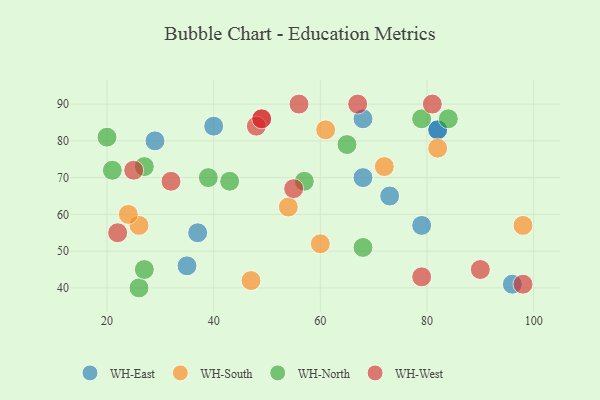
{"axis": {"x": "GDP", "y": "Life Expectancy"}, "legend": ["WH-East", "WH-North", "WH-South", "WH-West"], "data": [{"x": "37", "y": 55, "type": "WH-East"}, {"x": "68", "y": 70, "type": "WH-East"}, {"x": "82", "y": 83, "type": "WH-East"}, {"x": "35", "y": 46, "type": "WH-East"}, {"x": "82", "y": 83, "type": "WH-East"}, {"x": "29", "y": 80, "type": "WH-East"}, {"x": "79", "y": 57, "type": "WH-East"}, {"x": "40", "y": 84, "type": "WH-East"}, {"x": "96", "y": 41, "type": "WH-East"}, {"x": "68", "y": 86, "type": "WH-East"}, {"x": "73", "y": 65, "type": "WH-East"}, {"x": "26", "y": 57, "type": "WH-South"}, {"x": "60", "y": 52, "type": "WH-South"}, {"x": "24", "y": 60, "type": "WH-South"}, {"x": "54", "y": 62, "type": "WH-South"}, {"x": "47", "y": 42, "type": "WH-South"}, {"x": "98", "y": 57, "type": "WH-South"}, {"x": "61", "y": 83, "type": "WH-South"}, {"x": "72", "y": 73, "type": "WH-South"}, {"x": "82", "y": 78, "type": "WH-South"}, {"x": "43", "y": 69, "type": "WH-North"}, {"x": "39", "y": 70, "type": "WH-North"}, {"x": "68", "y": 51, "type": "WH-North"}, {"x": "20", "y": 81, "type": "WH-North"}, {"x": "65", "y": 79, "type": "WH-North"}, {"x": "26", "y": 40, "type": "WH-North"}, {"x": "27", "y": 45, "type": "WH-North"}, {"x": "84", "y": 86, "type": "WH-North"}, {"x": "57", "y": 69, "type": "WH-North"}, {"x": "79", "y": 86, "type": "WH-North"}, {"x": "21", "y": 72, "type": "WH-North"}, {"x": "27", "y": 73, "type": "WH-North"}, {"x": "49", "y": 86, "type": "WH-West"}, {"x": "79", "y": 43, "type": "WH-West"}, {"x": "67", "y": 90, "type": "WH-West"}, {"x": "48", "y": 84, "type": "WH-West"}, {"x": "32", "y": 69, "type": "WH-West"}, {"x": "22", "y": 55, "type": "WH-West"}, {"x": "98", "y": 41, "type": "WH-West"}, {"x": "49", "y": 86, "type": "WH-West"}, {"x": "81", "y": 90, "type": "WH-West"}, {"x": "25", "y": 72, "type": "WH-West"}, {"x": "56", "y": 90, "type": "WH-West"}, {"x": "90", "y": 45, "type": "WH-West"}, {"x": "55", "y": 67, "type": "WH-West"}]}